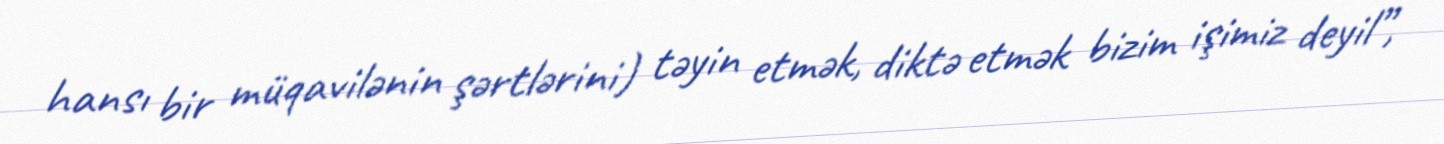
hansı bir müqavilənin şərtlərini) təyin etmək, diktə etmək bizim işimiz deyil”,